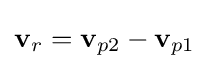
\mathbf {v} _{r}=\mathbf {v} _{p2}-\mathbf {v} _{p1}